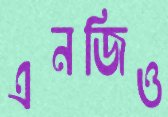
এনজিও